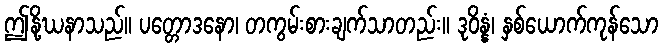
ဤနို့ဃနာသည်။ ပတ္တောဒနော၊ တကွမ်းစားချက်သာတည်း။ ဒုဝိန္နံ၊ နှစ်ယောက်ကုန်သော